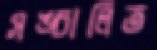
সঙ্চালিত